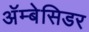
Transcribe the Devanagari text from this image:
अॅम्बेसिडर